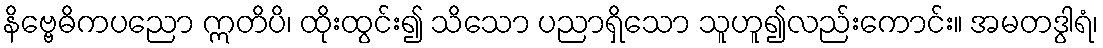
နိဗ္ဗေဓိကပညော ဣတိပိ၊ ထိုးထွင်း၍ သိသော ပညာရှိသော သူဟူ၍လည်းကောင်း။ အမတဒွါရံ၊